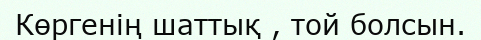
Көргенің шаттық , той болсын.